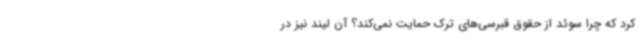
کرد که چرا سوئد از حقوق قبرسی‌های ترک حمایت نمی‌کند؟ آن لیند نیز در